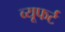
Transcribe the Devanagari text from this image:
व्यूफर्ट